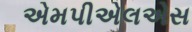
એમપીએલએસ